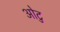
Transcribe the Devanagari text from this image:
ओटु